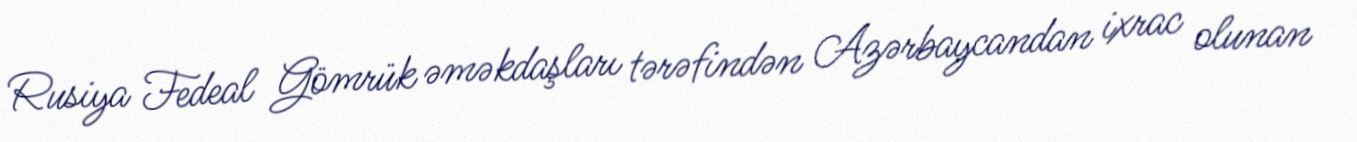
Rusiya Fedeal Gömrük əməkdaşları tərəfindən Azərbaycandan ixrac olunan